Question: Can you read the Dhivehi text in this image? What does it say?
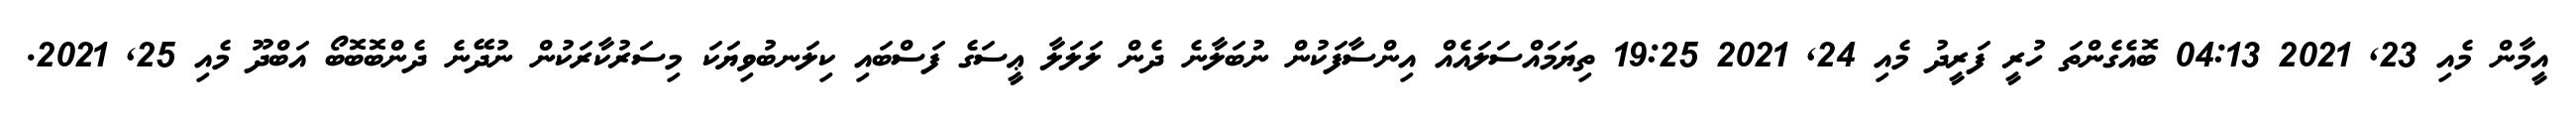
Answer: އީމާން މެއި 23, 2021 04:13 ބޮއެގެންތަ ހުރީ ފަރީދު މެއި 24, 2021 19:25 ތިޔަމައްސަލައެއް އިންސާފަކުން ނުބަލާނެ ދެން ލަލަލާ ޢީސަގެ ފަސްބައި ކިލަނބުވިޔަކަ މިސަރުކާރަކުން ނުދޭނެ ދެންބޮބޮބޯ އަބްދޫ މެއި 25, 2021.